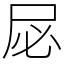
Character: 𫵘